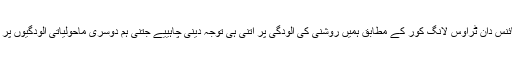
مشہور سائنس دان ٹراوس لانگ کور کے مطابق ہمیں روشنی کی آلودگی پر اتنی ہی توجہ دینی چاہییے جتنی ہم دوسری ماحولیاتی آلودگیوں پر دیتے ہیں۔